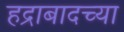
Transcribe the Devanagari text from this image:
हद्राबादच्या